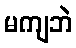
မကျဘဲ